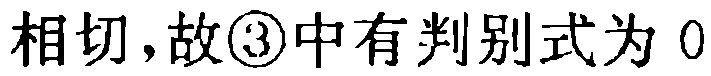
相切,故\textcircled{3}中有判别式为 \(0\)